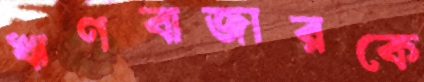
ঋণবাজারকে